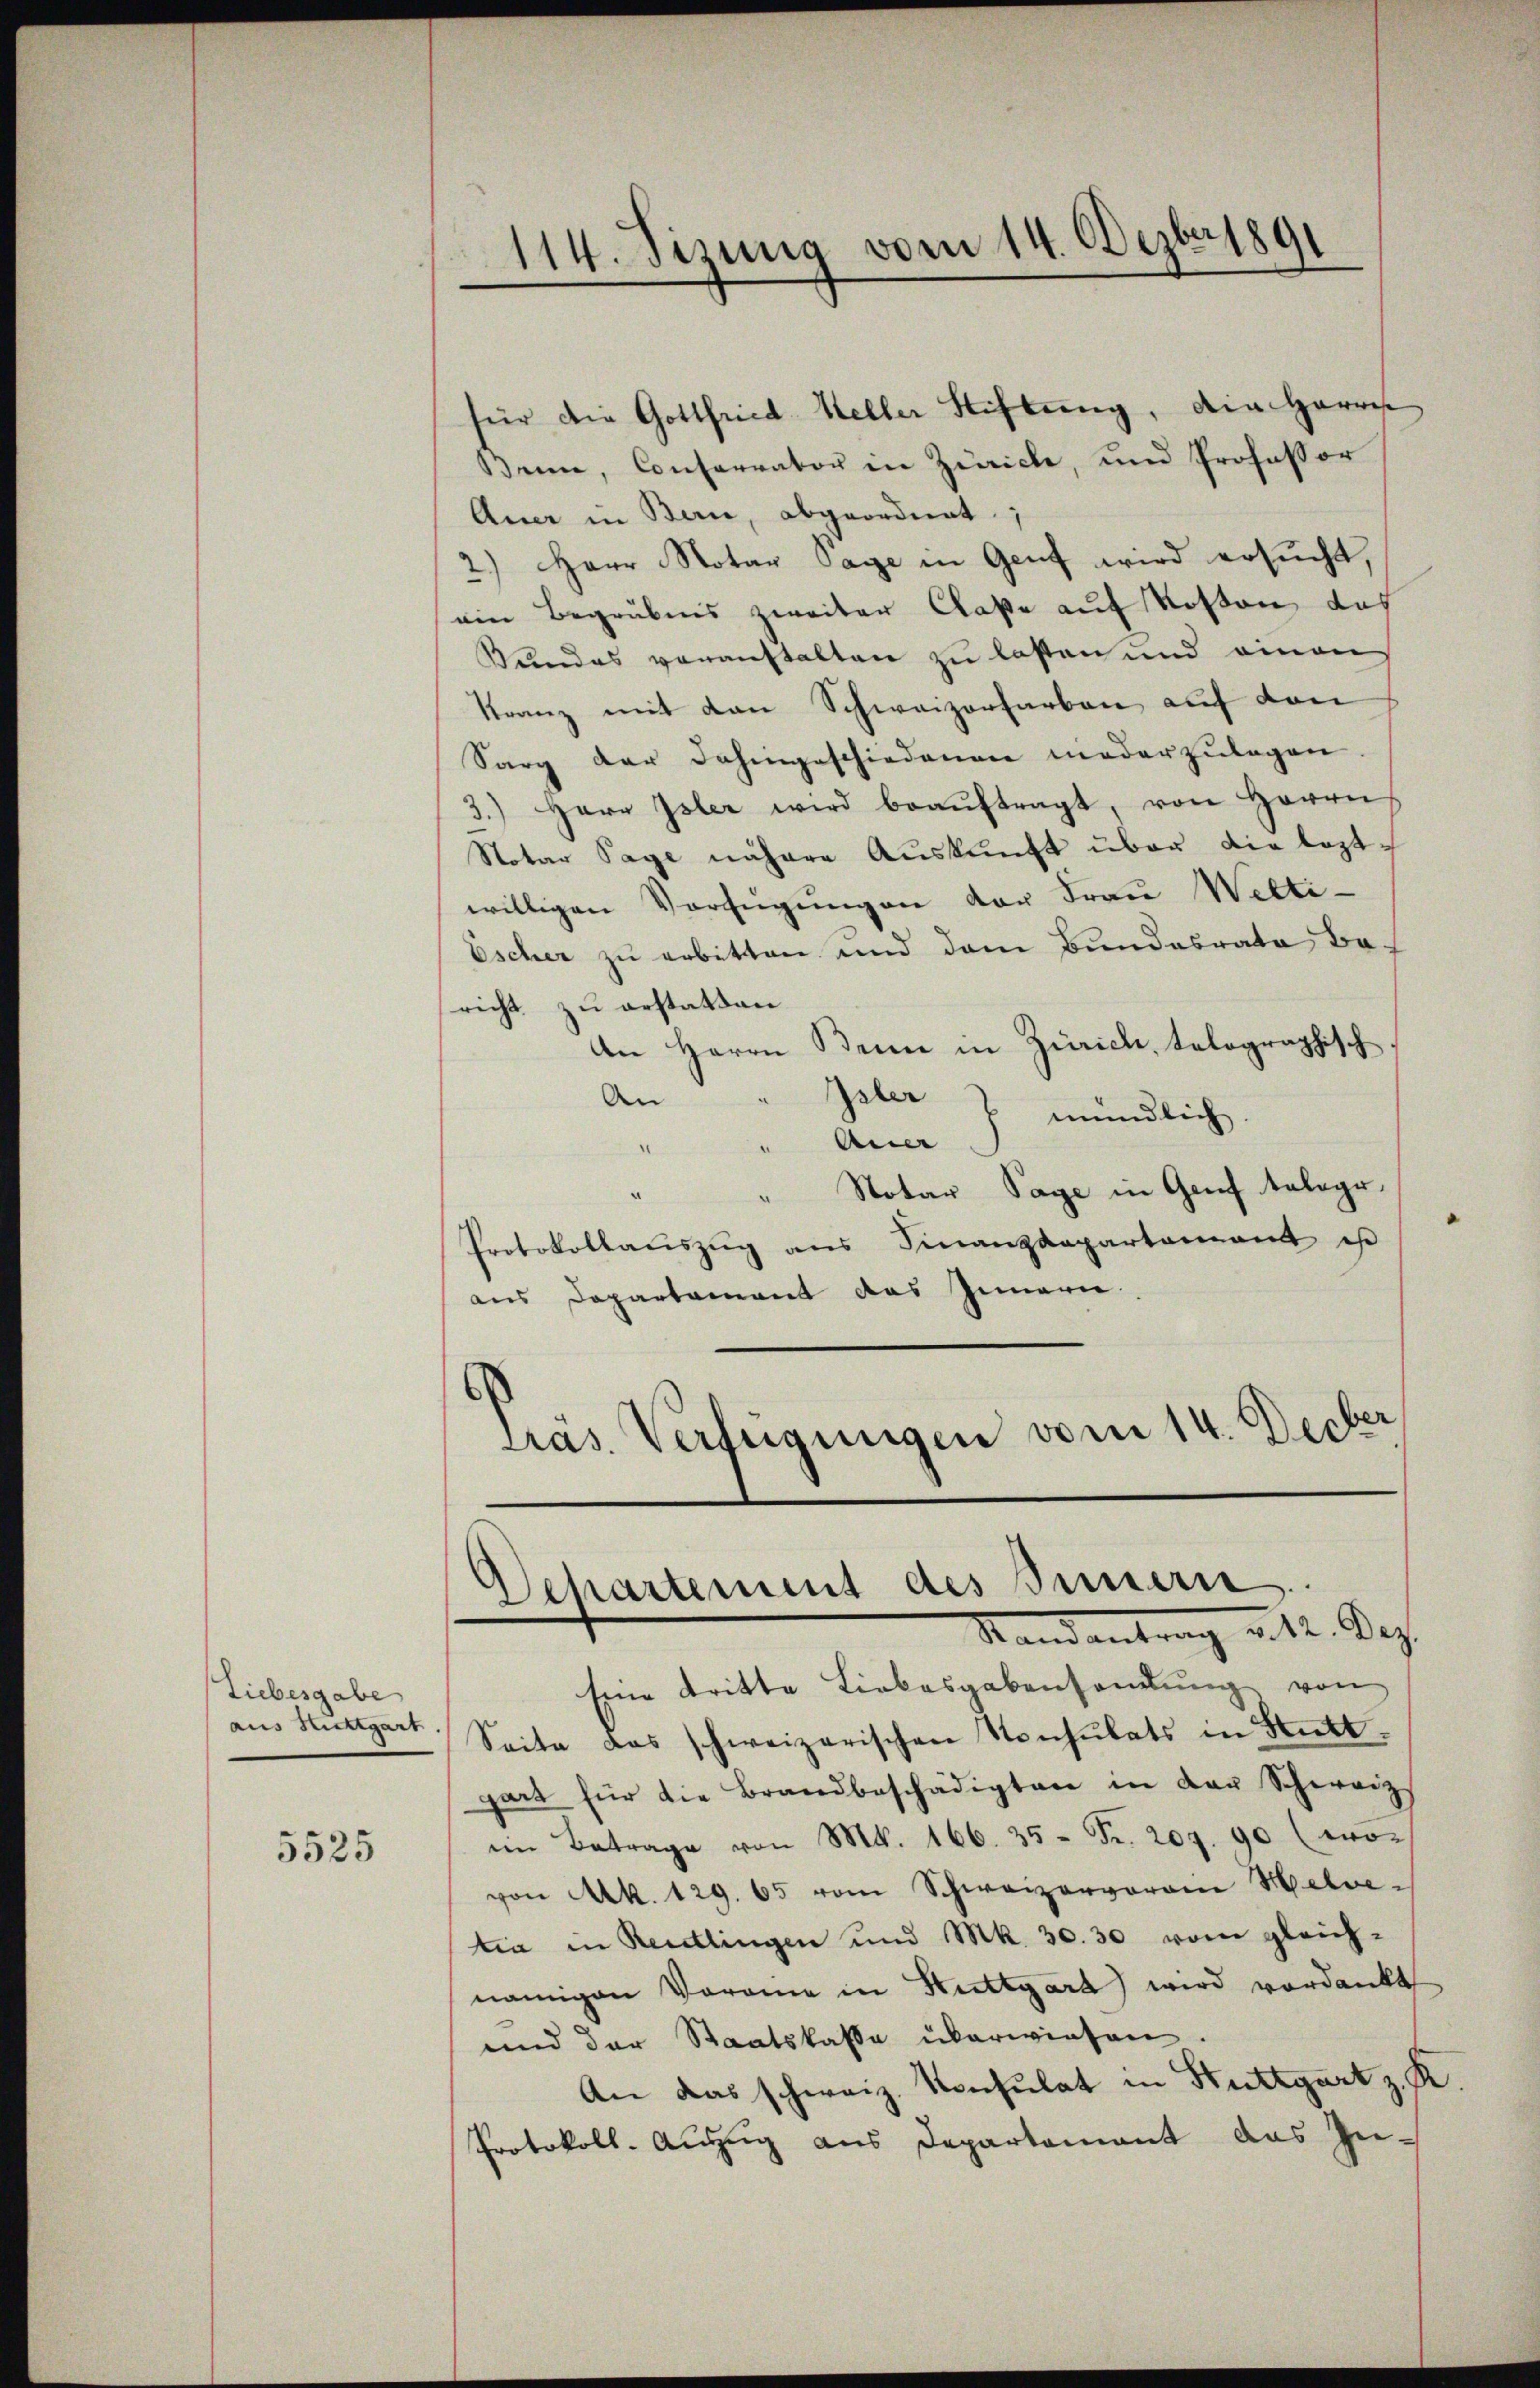
Liebesgabe
aus Sticktgart

5525

114. Sizung vom 14. Dezbr 1891

Benne, Conferrator in Zürich, und Professor
Auer in Bern, abgeordnet;
2.) Herr Notar Tage in Genf wird ersucht,
ein Begräbnis zweiter Claße auf Kosten das
Sundes voranstalten zu lasten und einen
Kranz mit den Schweizerfarben auf den
Sarg der dahingeschiedenen niederzulagen
3.) Herr Isler wird beaŭftragt, von Herrn
Notar Tage nähere Auskunft über die leztwilligen Verfügungen der Frau Welti-
Escher zu erbitten und dem Bundesrate Baricht zu erstatten.
An Herrn Benne in Zürich, telographisch
An
Isler J. mündlich
Ane
" Notar Tage in Genf telege.
Protokollauszug aus Finanzdepartement ist
aus Departement das Innern.
Pras. Verfügungen vom 14. Decber

Departement des Innern
Stand antrag v. 12. Dez.

für die Gottfried Keller Stiftung, die Herre

Eine tritte Liebesgabensandŭng von
Seite das schweizerischen Konsulats in Stutt
gart für die Brandbeschädigten in der Schweiz
iin Betrage von M. 166. 35 Fr. 209. 90 (wovon Mk. 129. 65 vom Schweizervoran Helvetia in Reutlingen und Mk. 30. 30 vom gleichnamigen Vorane in Stuttgara) wird verdankt
und der Staatskasse überwiesen.
An das schweiz. Konsulat in Stuttgart z. R.
Protokoll. Auszug aus Departamant das Zu¬